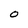
Character: O